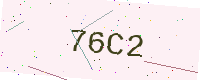
Text: 76C2